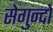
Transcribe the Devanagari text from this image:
सेगुन्दो